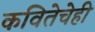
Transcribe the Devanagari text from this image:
कवितेचेही